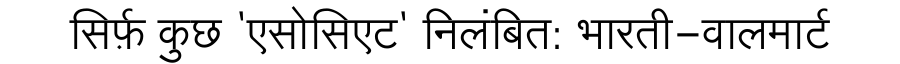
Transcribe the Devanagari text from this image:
सिर्फ़ कुछ 'एसोसिएट' निलंबित: भारती-वालमार्ट